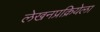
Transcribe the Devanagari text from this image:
लेखनप्रक्रियेला